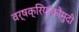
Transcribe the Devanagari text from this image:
वर्षक्रियाकौमुदी